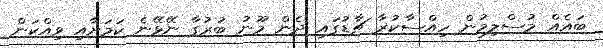
ބައެއް މުސްލިމުން ހިއްސާކުރާ ޗާޑުގައި ދެން މޫނު ބުރުގާ ނޭޅޭނެ ކަމަށާއި ވިއްކަން